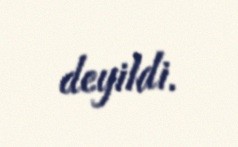
deyildi.